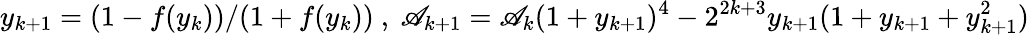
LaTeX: y_{k+1}=(1-f(y_{k}))/(1+f(y_{k}))~,~\mathscr{A}_{k+1}=\mathscr{A}_{k}(1+y_{k+1})^{4}-2^{2k+3}y_{k+1}(1+y_{k+1}+y_{k+1}^{2})